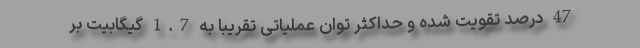
47 درصد تقویت شده و حداکثر توان عملیاتی تقریباً به 1.7 گیگابیت بر